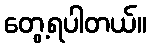
တွေ့ရပါတယ်။